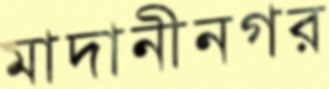
মাদানীনগর